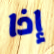
إذا